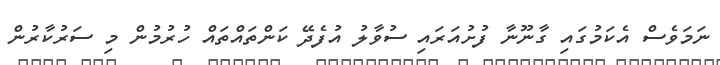
ނަމަވެސް އެކަމުގައި ގާނޫނާ ފުށުއަރައި ސުވާލު އުފެދޭ ކަންތައްތައް ހުރުމުން މި ސަރުކާރުން